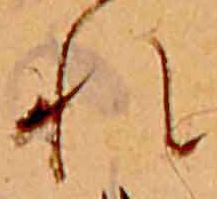
れ